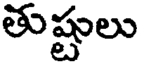
తుష్టులు